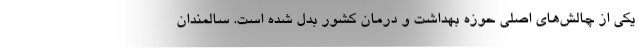
یکی از چالش‌های اصلی حوزه بهداشت و درمان کشور بدل شده است. سالمندان